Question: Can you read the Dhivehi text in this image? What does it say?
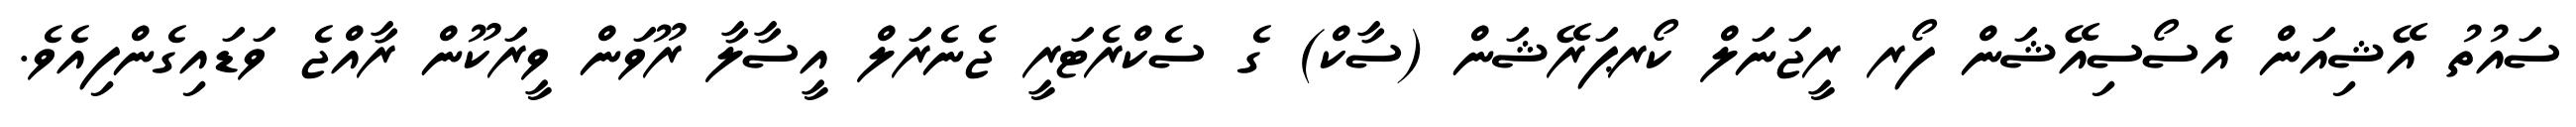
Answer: ސައުތު އޭޝިއަން އެސޯސިއޭޝަން ފޯރ ރީޖަނަލް ކޯރޕަރޭޝަން (ސާކް) ގެ ސެކްރެޓަރީ ޖެނެރަލް އީސާލާ ރޫވަން ވީރަކޫން ރާއްޖެ ވަޑައިގެންފިއެވެ.